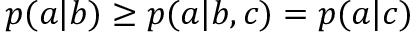
p ( a | b ) \geq p ( a | b , c ) = p ( a | c )